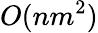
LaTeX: O(nm^{2})